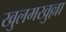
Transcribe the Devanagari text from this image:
खुलमखुल्ला